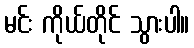
မင်း ကိုယ်တိုင် သွားပါ။